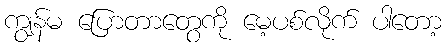
ကျွန်မ ပြောတာတွေကို မေ့ပစ်လိုက် ပါတော့